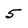
Character: 5